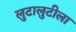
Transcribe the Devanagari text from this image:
लुटालुटीला